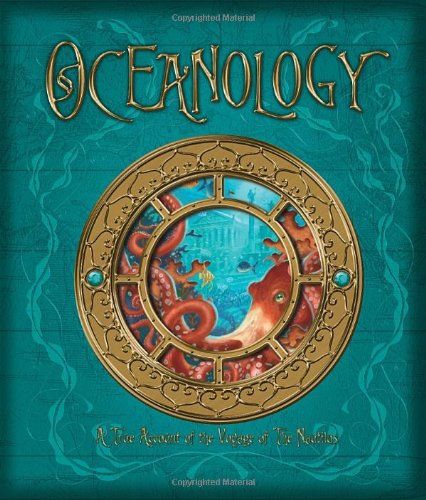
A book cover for Oceanology: The True Account of the Voyage of the Nautilus (Ologies); Ferdinand Zoticus de Lesseps; Children's Books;